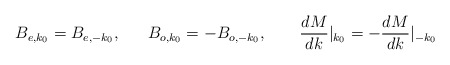
\begin{align*}B_{e,k_0}=B_{e,-k_0},~~~~~B_{o,k_0}=-B_{o,-k_0},~~~~~~\frac{dM}{dk}|_{k_0}=-\frac{dM}{dk}|_{-k_0}\end{align*}